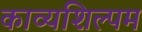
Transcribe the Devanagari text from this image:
काव्यशिल्पम